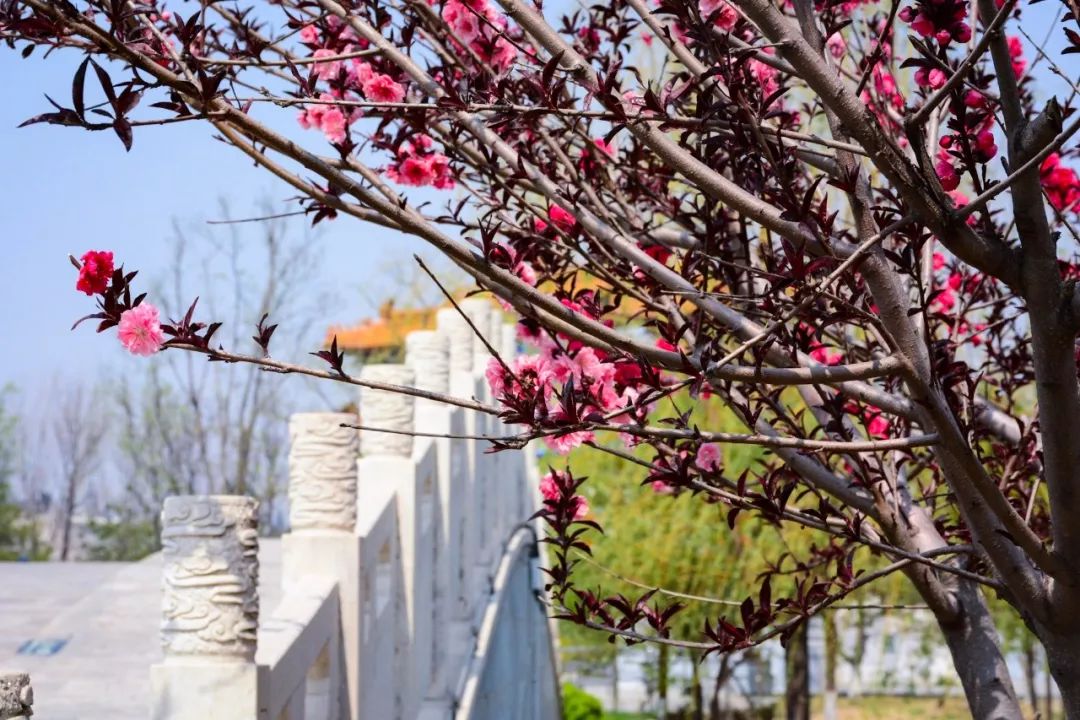
海棠枝上立多时，飞向小桥西畔去。